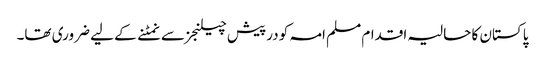
پاکستان کا حالیہ اقدام مسلم امہ کو درپیش چیلنجز سے نمٹنے کے لیے ضروری تھا۔